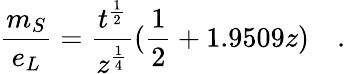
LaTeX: \frac{m_{S}}{e_{L}}=\frac{t^{\frac{1}{2}}}{z^{\frac{1}{4}}}(\frac{1}{2}+1.9509z)\quad.